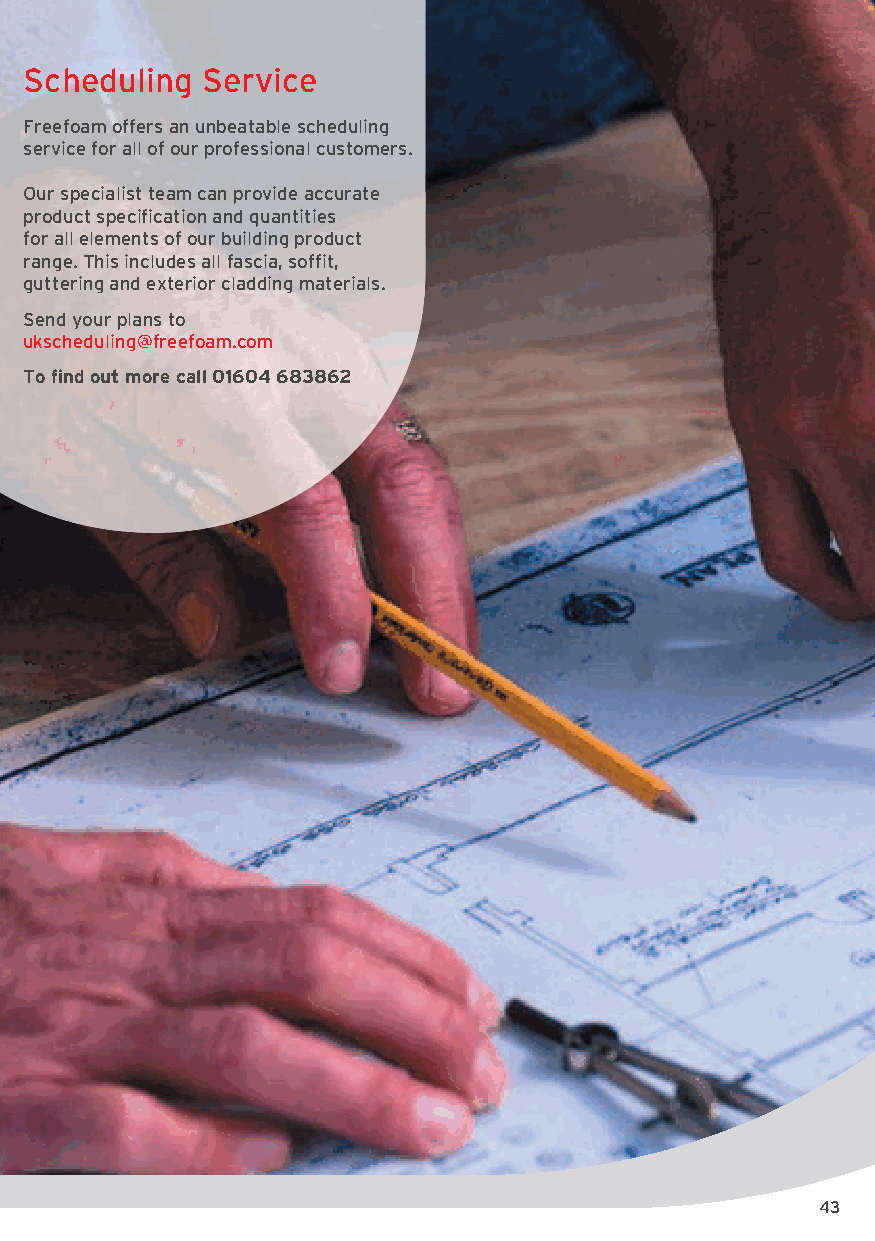
Scheduling  Service
 Freefoam offers an unbeatable schedul ing
 service for all of our professional customers.
 Our specialist team can provide accurate
 product specification and quantities
 for all elements of our building product
 range. This includes all fascia, soffit,
 guttering and exterior cladding materials.
 Send your plans to
 ukscheduling@freefoam.com
 To find out more call 01604 683862
 43